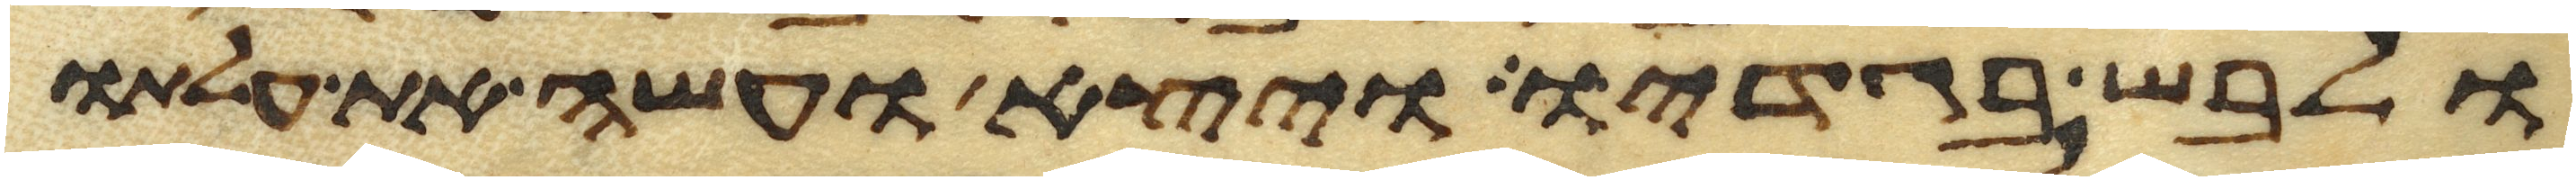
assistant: ולבש בגדיו ויצא ועשה את עלתו